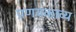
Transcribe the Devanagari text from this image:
प्रणयकाव्य